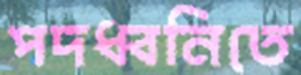
পদধ্বনিতে